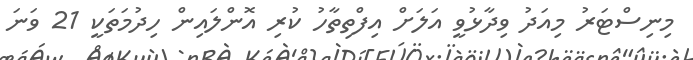
މިނިސްޓަރު މިއަދު ވިދާޅުވީ އަލަށް އިފްތިތާހު ކުރި އޮންލައިން ހިދުމަތަކީ 21 ވަނަ